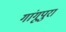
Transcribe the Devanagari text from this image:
गांगूपुरा